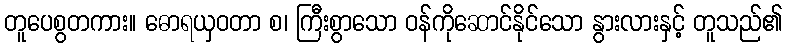
တူပေစွတကား။ ဓောရယှဝတာ စ၊ ကြီးစွာသော ဝန်ကိုဆောင်နိုင်သော နွားလားနှင့် တူသည်၏